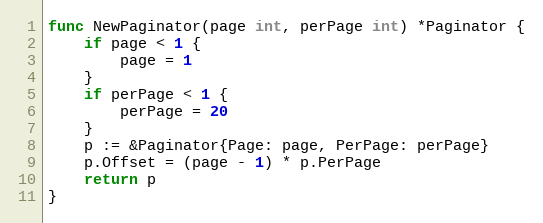
Language: Go
func NewPaginator(page int, perPage int) *Paginator {
	if page < 1 {
		page = 1
	}
	if perPage < 1 {
		perPage = 20
	}
	p := &Paginator{Page: page, PerPage: perPage}
	p.Offset = (page - 1) * p.PerPage
	return p
}